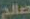
صالح